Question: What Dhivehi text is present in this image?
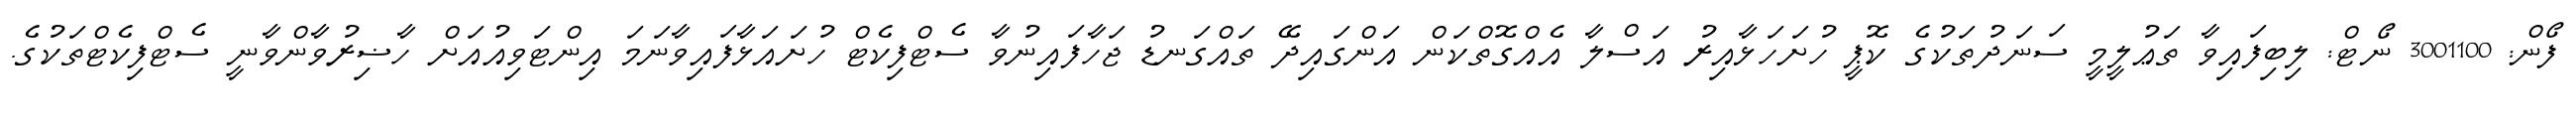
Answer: ފޯން: 3001100 ނޯޓް: ލިބިފައިވާ ތަޢުލީމީ ސަނަދުތަކުގެ ކޮޕީ ހުށަހަޅާއިރު އަސްލާ އެއްގޮތްކަން އަންގައިދޭ ތައްގަނޑު ޖަހާފައިނުވާ ސެޓްފިކެޓް ހުށައަޅާފައިވާނަމަ އިންޓަވިއުއަށް ހާޟިރުވާންވާނީ ސެޓްފިކެޓްތަކުގެ.